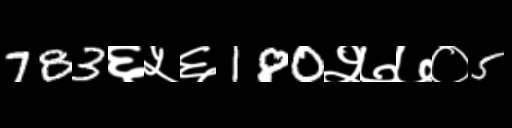
Text: 783६५६180२७७०5